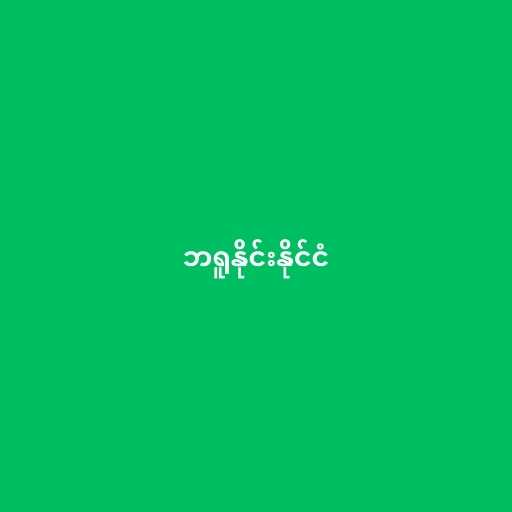
ဘရူနိုင်းနိုင်ငံ